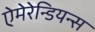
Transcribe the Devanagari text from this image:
ऐमेरेन्डियन्स